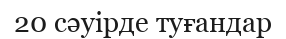
20 сәуірде туғандар